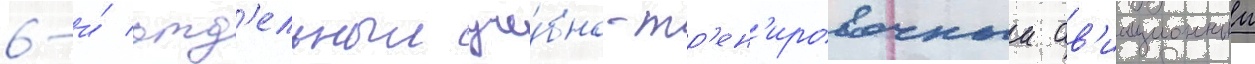
6-и́ отд'ельныи уче́бно-тр'ен'ировочныи ав'иационныи